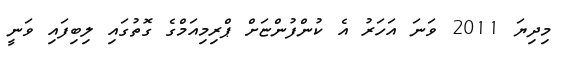
މިދިޔަ 2011 ވަނަ އަހަރު އެ ކުންފުންޏަށް ޕްރިމިއަމްގެ ގޮތުގައި ލިބިފައި ވަނީ